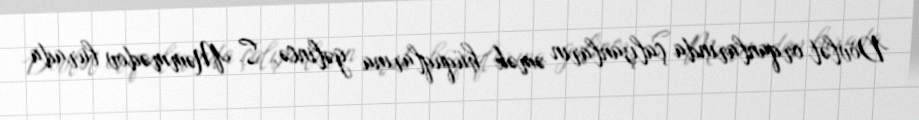
Dövlət orqanlarında çalışanların əmək hüquqlarına gəlincə, S. Məmmədov burada